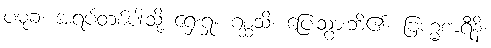
ပမုခံ၊ အရပ်တစ်ပါးသို့ ရှေးရှု။ ဂစ္ဆသိ၊ ပြေးသွားဘိ၏။ ဗြဟ္မစာရီနိ၊